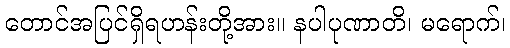
တောင်အပြင်ရှိရဟန်းတို့အား။ နပါပုဏာတိ၊ မရောက်၊